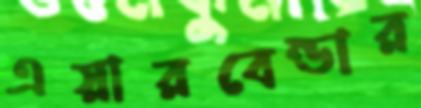
এয়ারবেন্ডার